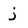
Character: j